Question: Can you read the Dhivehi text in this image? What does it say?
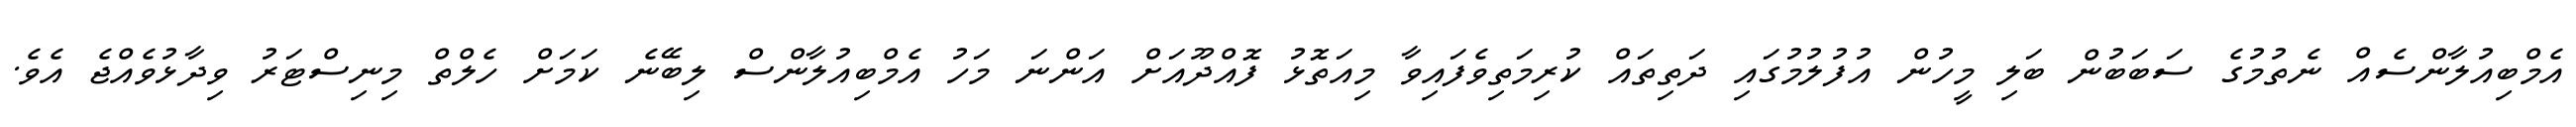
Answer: އެމްބިއުލާންސެއް ނެތުމުގެ ސަބަބުން ބަލި މީހުން އުފުލުމުގައި ދަތިތައް ކުރިމަތިވެފައިވާ މިއަތޮޅު ފޮއްދޫއަށް އަންނަ މަހު އެމްބިއުލާންސް ލިބޭނެ ކަމަށް ހެލްތް މިނިސްޓަރު ވިދާޅުވެއްޖެ އެވެ.